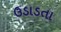
ઉડાડતા